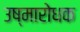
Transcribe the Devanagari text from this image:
उष्मारोधक